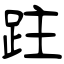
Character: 跓